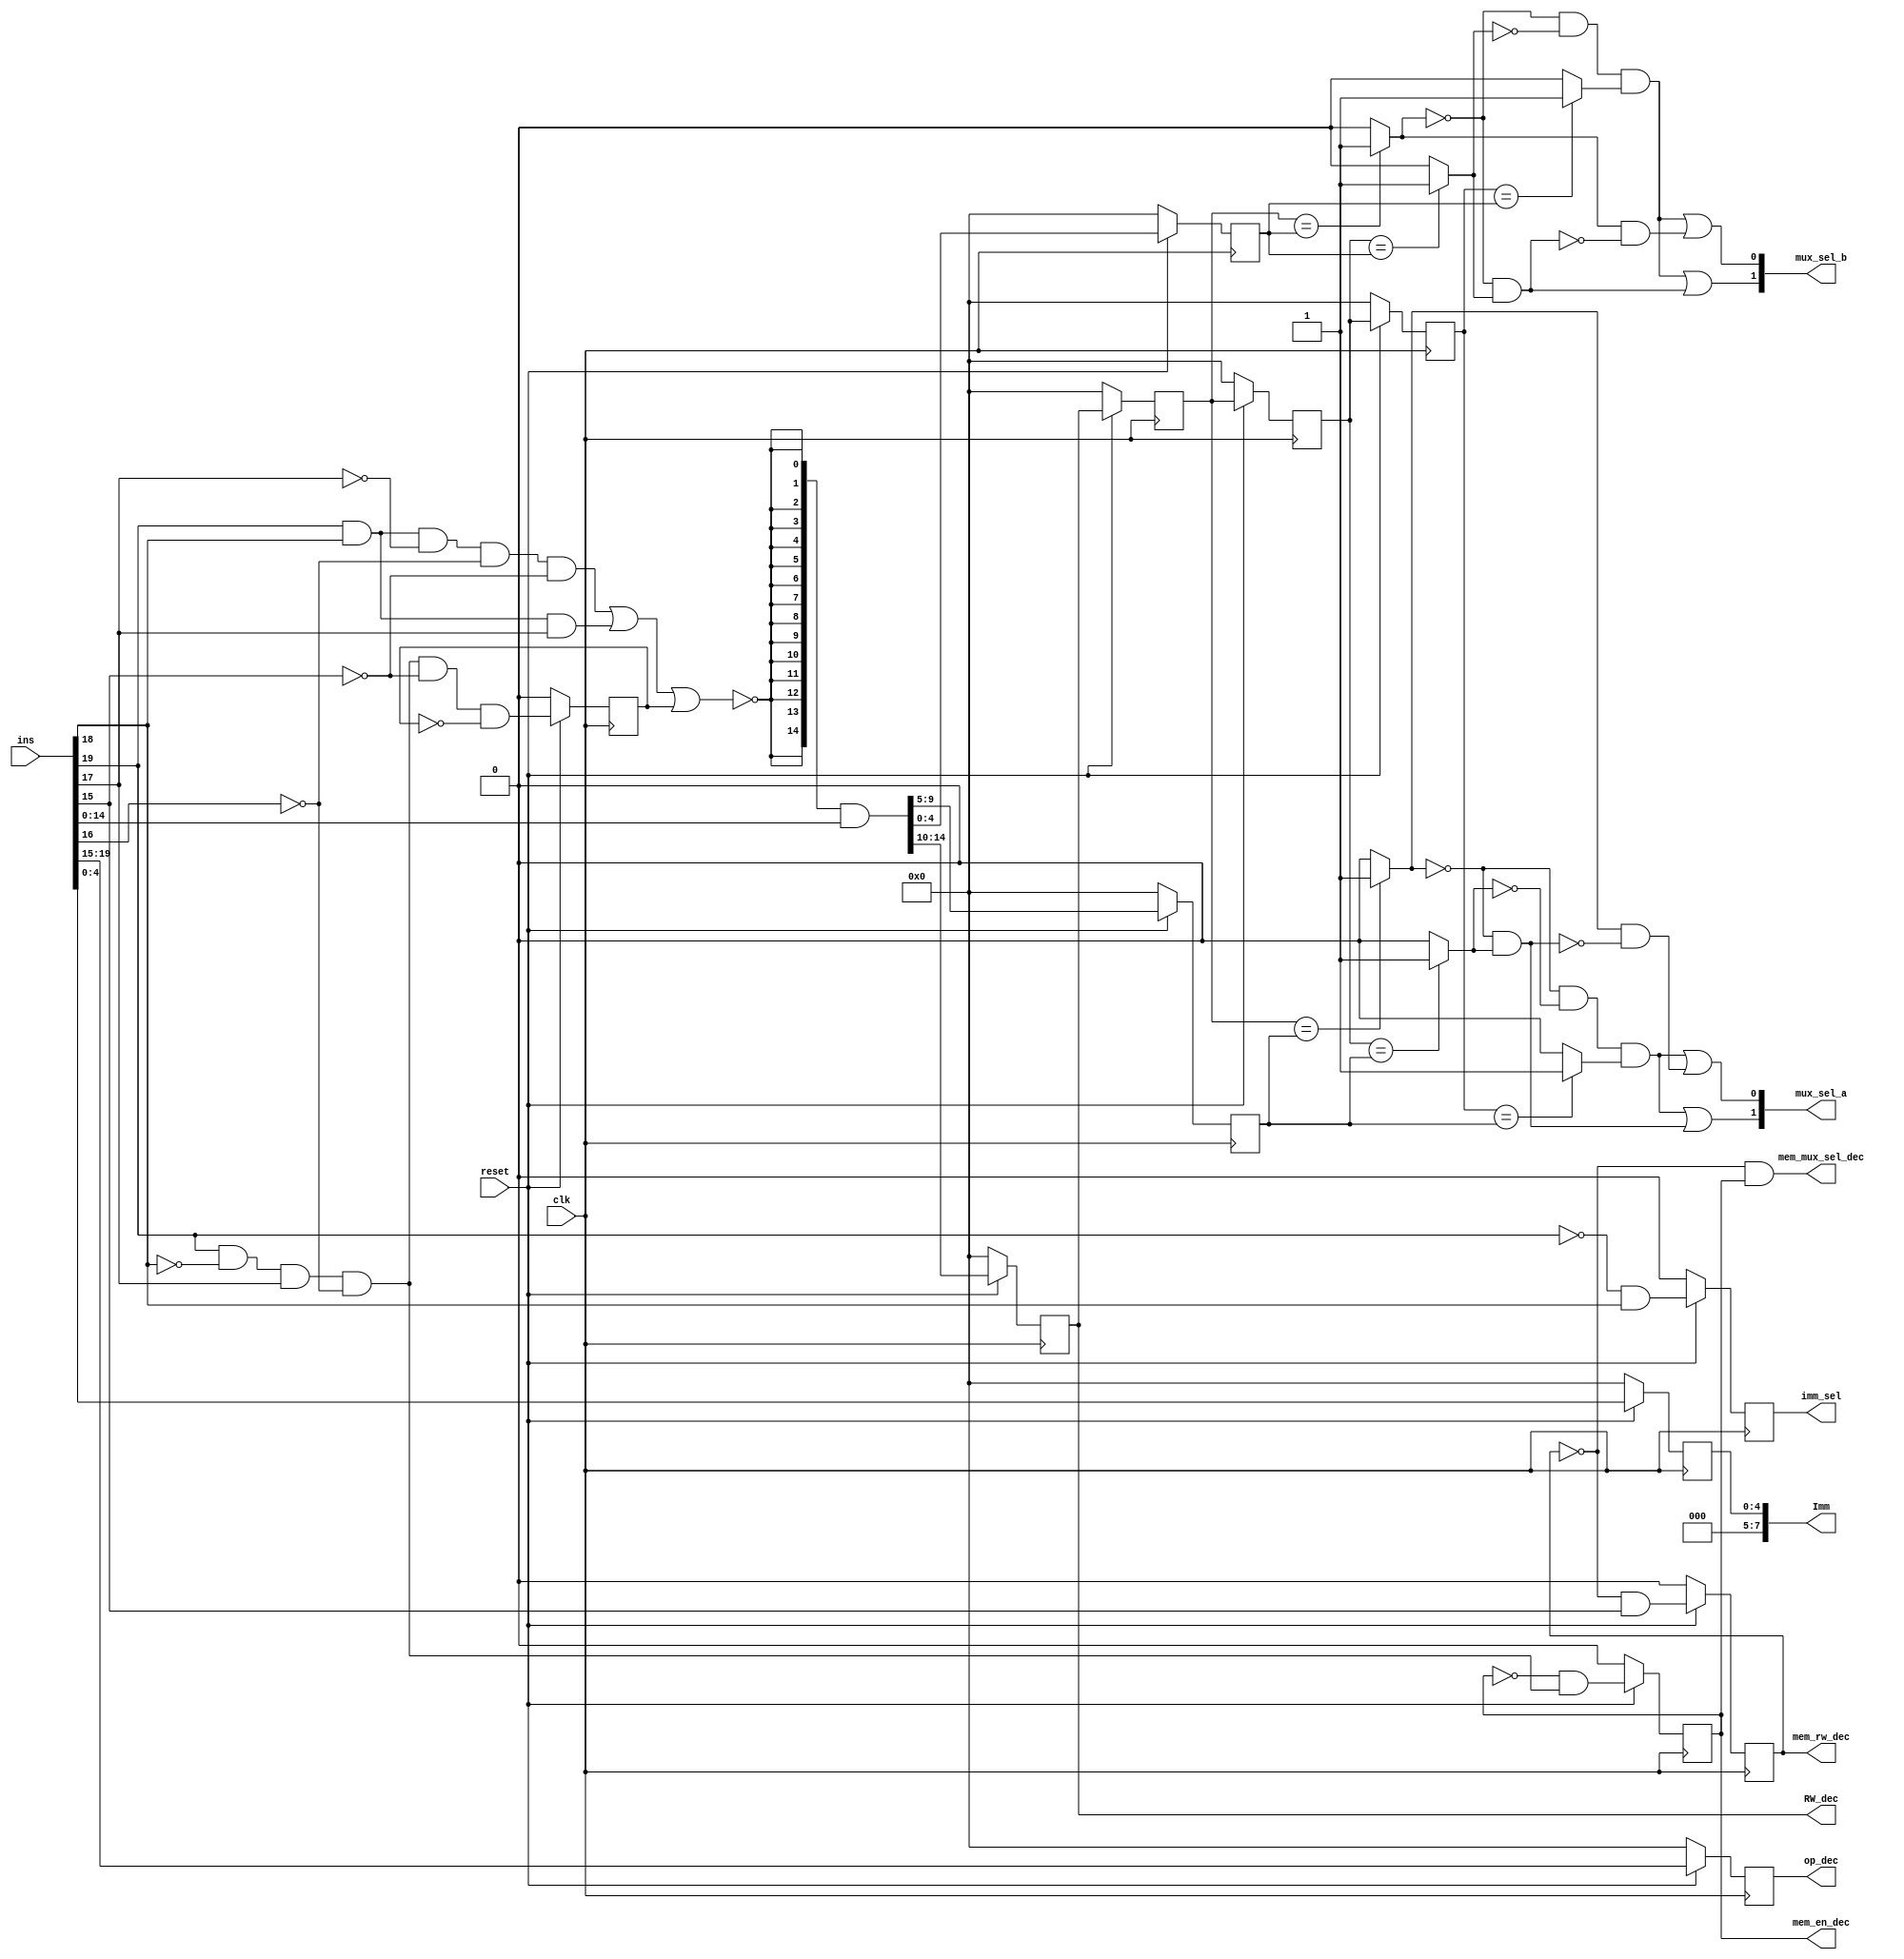
`timescale 1ns / 1ps

//Group number : 16
//Group name : The Intellites
//Module name : Data dependency Block logic 


//////////////////////////////////////////////////////////////////////////////////
// Company: 
// Engineer: 
// 
// Design Name: 
// Module Name:    Data_Dependency 
// Project Name: 
// Target Devices: 
// Tool versions: 
// Description: 
//
// Dependencies: 
//
// Revision: 
// Revision 0.01 - File Created
// Additional Comments: 
//
//////////////////////////////////////////////////////////////////////////////////
module Data_Dependency(mux_sel_a,mux_sel_b,imm_sel,Imm,mem_en_dec,mem_rw_dec,mem_mux_sel_dec,RW_dec,op_dec,ins,clk,reset);

//Outputs
output  [7:0] Imm;
output reg [4:0] RW_dec, op_dec;
output [1:0] mux_sel_a, mux_sel_b;
output reg imm_sel, mem_en_dec, mem_rw_dec;
output mem_mux_sel_dec;

//Inputs
input [19:0] ins;
input clk, reset;


//Temp Variables
wire [4:0] op_dec_temp, t1_a, t1_b, t2, t3, t4, t;
wire  c_t2_t1_a, c_t3_t1_a, c_t4_t1_a, c_t2_t1_b, c_t3_t1_b, c_t4_t1_b, and2_a, and3_a, and2_b, and3_b;
wire c_and, unc_and, ld_and, imm_and, ld_st_and, a1,a2, ld_and_temp, a1_temp, a2_temp, imm_sel_temp, nor_temp;
wire [4:0] imm_temp;
wire [14:0] ext,ins_temp;
reg ld_and_r;
reg [4:0] t1_a_out, t1_b_out, t2_out, t3_out, t4_out,imm_reg;


//logic for all other outputs according to the circuit
assign op_dec_temp = (reset == 1'b0) ? 0 : ins[19:15];

assign imm_and = ((~ins[19]) & ins[18]);
assign ld_st_and = (ins[19] & (~ins[18]) & ins[17] & (~ins[16]));

assign a1_temp = (reset == 1'b0) ? 0 : a1;

assign a1 = (~mem_rw_dec) & ins[15];

assign a2_temp = (reset == 1'b0) ? 0 : a2;

assign a2 = (~mem_en_dec) & ld_st_and;
assign mem_mux_sel_dec = (~mem_rw_dec) & mem_en_dec;

assign imm_sel_temp = (reset == 1'b0) ? 0 : imm_and;

assign imm_temp = (reset == 1'b0) ? 0: ins[4:0];







//logic to find mux_sel_a ,mux_sel_b and RW_dec
assign c_and = (ins[19] & ins[18] & (~ins[17]) & (~ins[16]) & (~ins[15]));
assign unc_and = (ins[19] & ins[18] & ins[17]);

assign ld_and_temp = (reset == 1'b0) ? 0 : ld_and;

assign ld_and = (ins[19] & (~ins[18]) & ins[17] & (~ins[16]) & (~ins[15]) & (~ld_and_r));

assign nor_temp = ~(c_and | unc_and | ld_and_r);

assign ext = {15{nor_temp}};

assign ins_temp = ext & ins[14:0];

assign t1_a = (reset == 1'b0) ? 0 : ins_temp[9:5];

assign t1_b = (reset == 1'b0) ? 0 : ins_temp[4:0];

assign t = (reset == 1'b0) ? 0 : ins_temp[14:10];

assign t2 = (reset == 1'b0) ? 0 : RW_dec;

assign t3 = (reset == 1'b0) ? 0 : t2_out;

assign t4 = (reset == 1'b0) ? 0 : t3_out;

always @(posedge clk)
begin
	op_dec <= op_dec_temp;
	mem_rw_dec <= a1_temp;
	mem_en_dec <= a2_temp;
	imm_sel <= imm_sel_temp;
	imm_reg <= imm_temp;
	ld_and_r <= ld_and_temp;
	t1_a_out <= t1_a;
	t1_b_out <= t1_b;
	RW_dec <= t;
	t2_out <= t2;
	t3_out <= t3;
	t4_out <= t4;
end

assign Imm = {3'b000,imm_reg};

//logic for comparators
assign c_t2_t1_a = (t2_out == t1_a_out) ? 1 : 0;
assign c_t3_t1_a = (t3_out == t1_a_out) ? 1 : 0;
assign c_t4_t1_a = (t4_out == t1_a_out) ? 1 : 0;

assign c_t2_t1_b = (t2_out == t1_b_out) ? 1 : 0;
assign c_t3_t1_b = (t3_out == t1_b_out) ? 1 : 0;
assign c_t4_t1_b = (t4_out == t1_b_out) ? 1 : 0;

//logic for and gates
assign and2_a = (~c_t2_t1_a) & (c_t3_t1_a);
assign and3_a = (~c_t2_t1_a) & (~c_t3_t1_a) & c_t4_t1_a;

assign and2_b = (~c_t2_t1_b) & (c_t3_t1_b);
assign and3_b = (~c_t2_t1_b) & (~c_t3_t1_b) & c_t4_t1_b;

//logic for priority encoder

assign mux_sel_a[1] = and3_a | and2_a;
assign mux_sel_a[0] = and3_a | (c_t2_t1_a & (~and2_a));

assign mux_sel_b[1] = and3_b | and2_b;
assign mux_sel_b[0] = and3_b | (c_t2_t1_b & (~and2_b));

endmodule